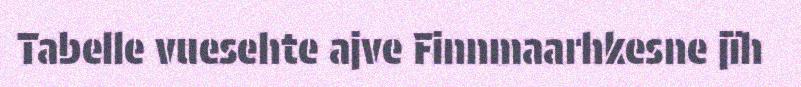
Tabelle vuesehte ajve Finnmaarhkesne jïh